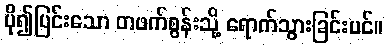
ပို၍ပြင်းသော တဖက်စွန်းသို့ ရောက်သွားခြင်းပင်။